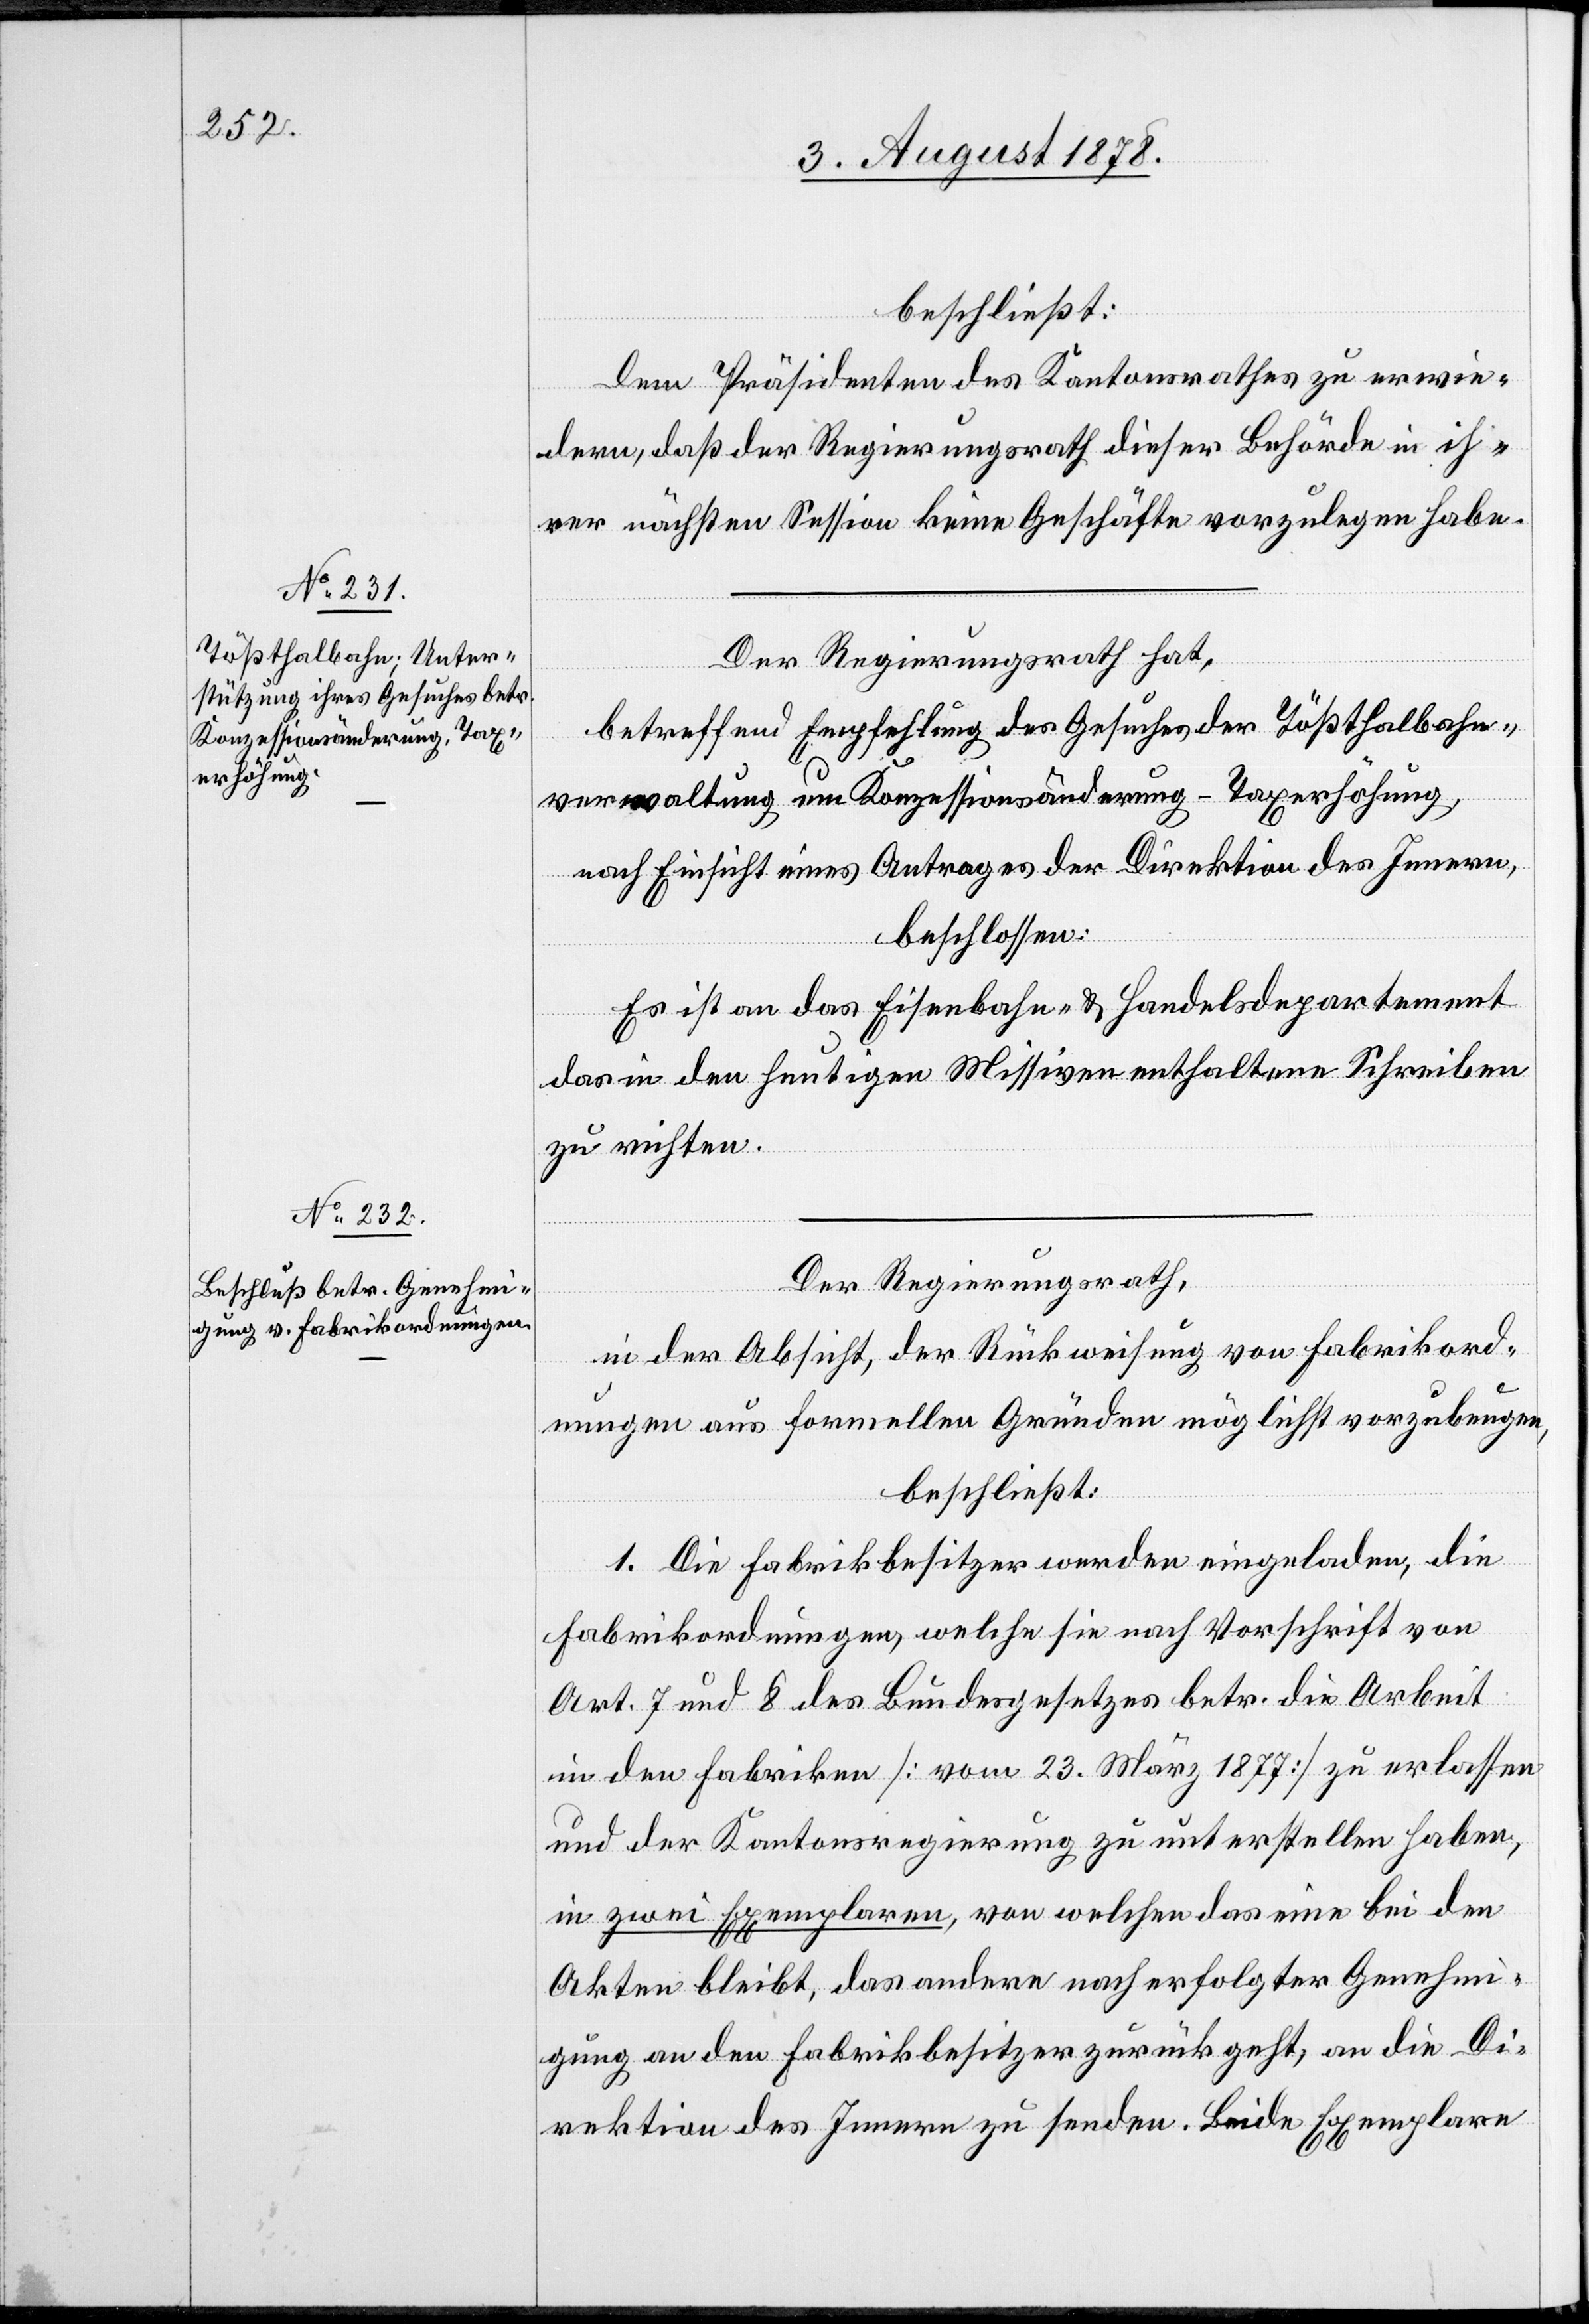
beschließt:
Dem Präsidenten des Kantonsrathes zu erwie¬
dern, daß der Regierungsrath dieser Behörde in ih¬
rer nächsten Session keine Geschäfte vorzulegen habe.
Der Regierungsrath hat,
betreffend Empfehlung des Gesuches der Tößthalbahn¬
verwaltung um Konzessionsänderung – Taxerhöhung,
nach Einsicht eines Antrages der Direktion des Innern,
beschlossen:
Es ist an das Eisenbahn- & Handelsdepartement
das in den heutigen Missiven enthaltene Schreiben
zu richten.